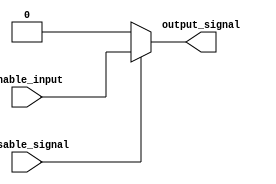
module DisableBlock (
    input wire disable_signal, // Control Signal
    input wire enable_input,    // Input signal when enabled
    output reg output_signal    // Output Signal
);

// Behavioral description of the Disable block
always @(*) begin
    if (~disable_signal) begin
        // Disable signal is low; hold the output at a predefined state (logic low)
        output_signal = 1'b0; // Output is held low when disabled
    end else begin
        // Disable signal is high; normal operation of the block
        output_signal = enable_input; // Output reflects the input when enabled
    end
end

endmodule